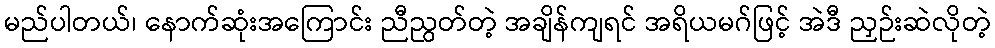
မည်ပါတယ်၊ နောက်ဆုံးအကြောင်း ညီညွတ်တဲ့ အချိန်ကျရင် အရိယမဂ်ဖြင့် အဲဒီ ညှဉ်းဆဲလိုတဲ့